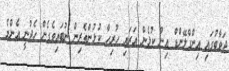
ޖަވާބުގައި އިންގްލޭންޑް އިން ކުޅެން އަރައި ހުރިހާ ކުޅުންތެރިން ނުބައިވެގެން ހެދުނީ އެންމެ